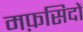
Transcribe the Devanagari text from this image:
मफ़सिदों